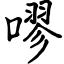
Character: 嘐